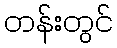
တန်းတွင်